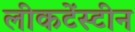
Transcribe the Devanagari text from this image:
लीकटेंस्टीन